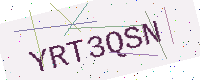
Text: YRT3QSN